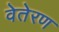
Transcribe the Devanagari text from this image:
वेतेरण